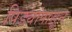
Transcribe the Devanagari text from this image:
पिड्यांपासून